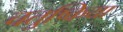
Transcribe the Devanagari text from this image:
चतुष्किया